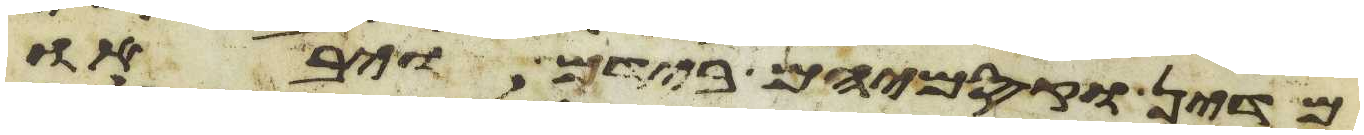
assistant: מדין וקסמיהם בידם ויבאו